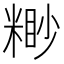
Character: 𥻠